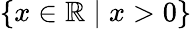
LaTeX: \{ x\in\mathbb{R}\mid x>0\}